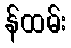
န်ထမ်း